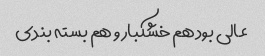
عالی بود هم خشکبار و هم بسته بندی